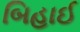
બિહાઈ